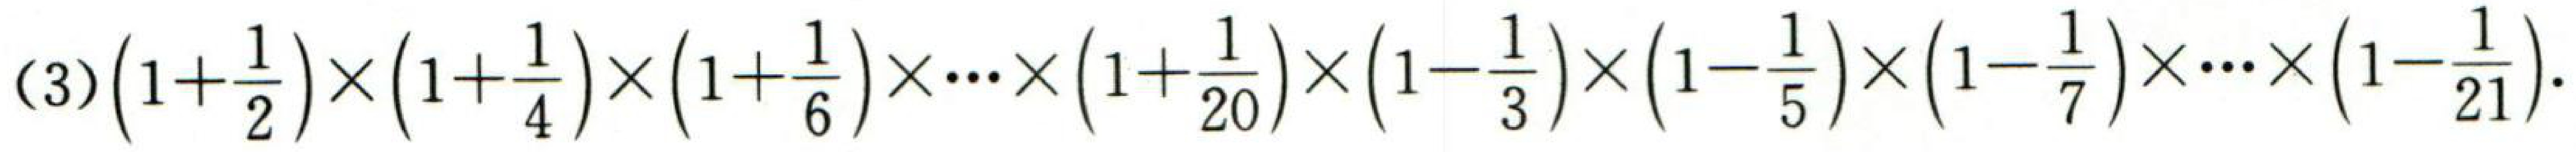
(3)\(\left(1 + \frac{1}{2}\right)\times\left(1 + \frac{1}{4}\right)\times\left(1 + \frac{1}{6}\right)\times\cdots\times\left(1 + \frac{1}{20}\right)\times\left(1 - \frac{1}{3}\right)\times\left(1 - \frac{1}{5}\right)\times\left(1 - \frac{1}{7}\right)\times\cdots\times\left(1 - \frac{1}{21}\right)\)